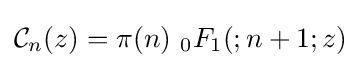
{\mathcal {C}}_{n}(z)=\pi (n)\ _{0}F_{1}(;n+1;z)